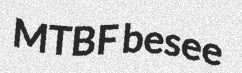
MTBF besee